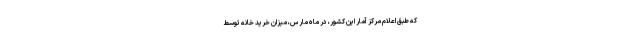
که طبق اعلام مرکز آمار این کشور، در ماه مارس، میزان خرید خانه توسط